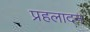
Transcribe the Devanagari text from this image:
प्रहलादन